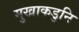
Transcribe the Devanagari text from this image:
मुखाकडुनि